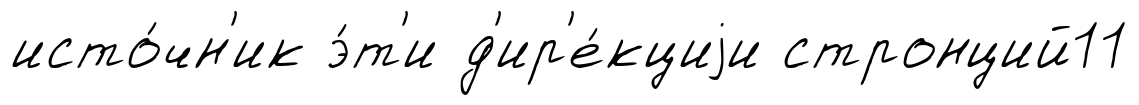
исто́чн'ик э́т'и д'ир'е́кциjи стронций11